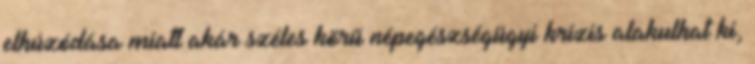
elhúzódása miatt akár széles körű népegészségügyi krízis alakulhat ki,